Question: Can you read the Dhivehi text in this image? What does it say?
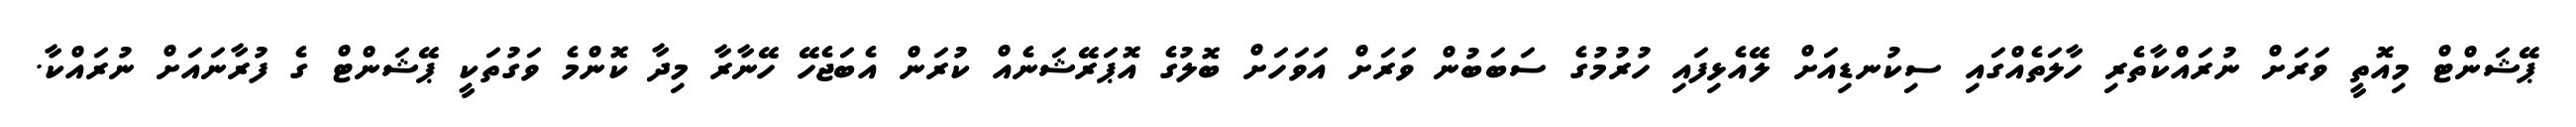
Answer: ޕޭޝަންޓް މިއޮތީ ވަރަށް ނުރައްކާތެރި ހާލަތެއްގައި ސިކުނޑިއަށް ލޭއެޅިފައި ހުރުމުގެ ސަބަބުން ވަރަށް އަވަހަށް ބޮލުގެ އޮޕަރޭޝަނެއް ކުރަން އެބަޖެހޭ ހޭނާރާ މިދާ ކޮންމެ ވަގުތަކީ ޕޭޝަންޓް ގެ ފުރާނައަށް ނުރައްކާ.